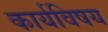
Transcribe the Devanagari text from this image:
कार्यविषय